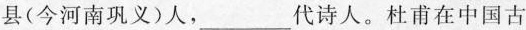
县(今河南巩义)人，___代诗人。杜甫在中国古